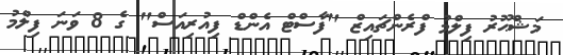
މަޝްޙޫރު ފިލްމު ފްރެންޗައިޒް "ފާސްޓް އެންޑް ފިއުރިއަސް" ގެ 8 ވަނަ ފިލްމު